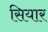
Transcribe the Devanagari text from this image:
सियार